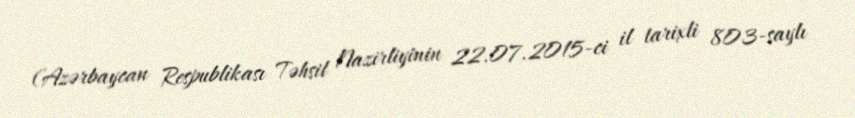
(Azərbaycan Respublikası Təhsil Nazirliyinin 22.07.2015-ci il tarixli 803-saylı